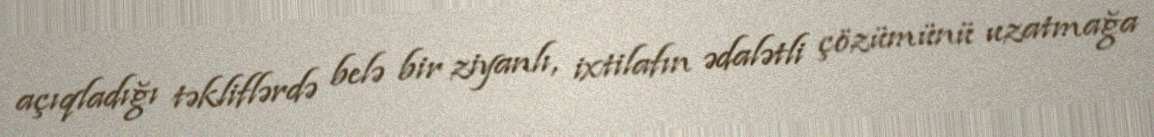
açıqladığı təkliflərdə belə bir ziyanlı, ixtilafın ədalətli çözümünü uzatmağa